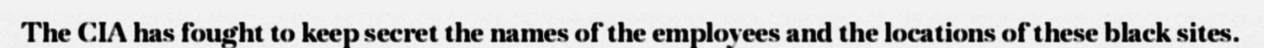
The CIA has fought to keep secret the names of the employees and the locations of these black sites.